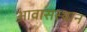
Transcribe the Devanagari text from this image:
आवासस्थान